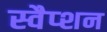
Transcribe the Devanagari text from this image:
स्वैप्शन